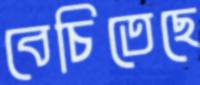
বেচিতেছে